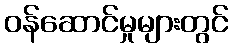
ဝန်ဆောင်မှုများတွင်